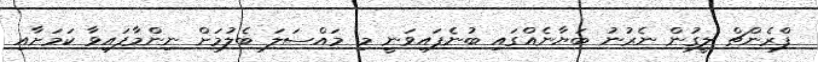
ފްރެންޗް ލީގުން ނެރުނު ބަޔާނެއްގައި ބުނެފައިވަނީ މި މައްސަލަ ބެލުމަށް ނިންމާފައިވާ ކަމަށާއި